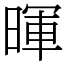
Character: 暉